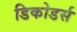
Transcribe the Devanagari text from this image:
डिकोडर्स